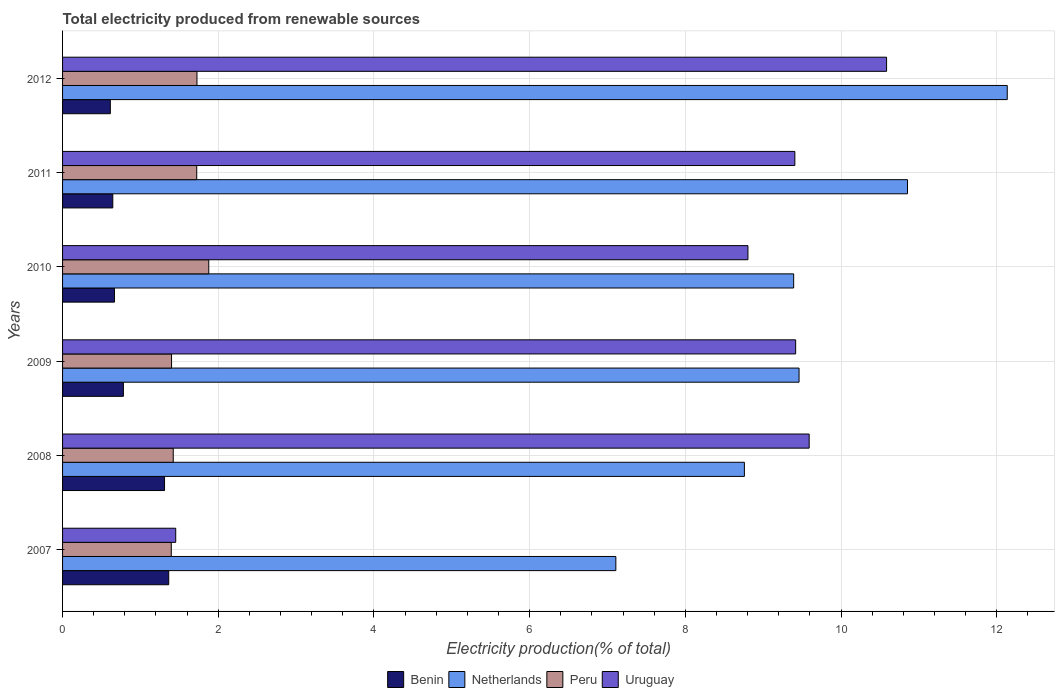
| Years | Benin | Netherlands | Peru | Uruguay |
 | --- | --- | --- | --- | --- |
 | 2007 | 1.36 | 7.11 | 1.4 | 1.45 |
 | 2008 | 1.31 | 8.76 | 1.42 | 9.59 |
 | 2009 | 0.781 | 9.46 | 1.4 | 9.42 |
 | 2010 | 0.667 | 9.39 | 1.88 | 8.8 |
 | 2011 | 0.645 | 10.9 | 1.72 | 9.41 |
 | 2012 | 0.613 | 12.1 | 1.73 | 10.6 |